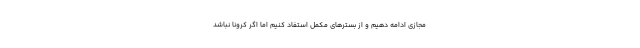
مجازی ادامه دهیم و از بسترهای مکمل استفاد کنیم اما اگر کرونا نباشد